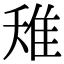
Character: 𨾘